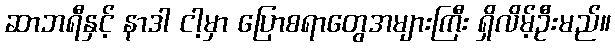
ဆာဘရီနှင့် နာဒါ ငါ့မှာ ပြောစရာတွေအများကြီး ရှိလိမ့်ဦးမည်။